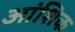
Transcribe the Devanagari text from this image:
अांशिक